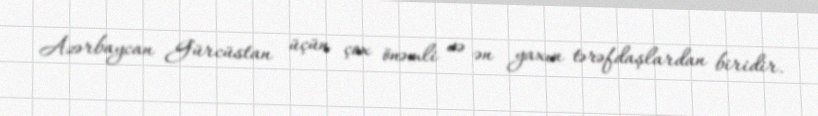
Azərbaycan Gürcüstan üçün çox önəmli və ən yaxın tərəfdaşlardan biridir.